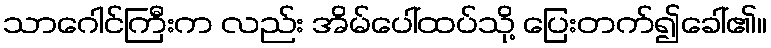
သာဂေါင်ကြီးက လည်း အိမ်ပေါ်ထပ်သို့ ပြေးတက်၍ခေါ်၏။